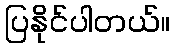
ပြနိုင်ပါတယ်။